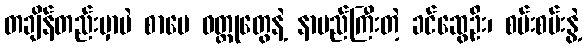
တချိန်တည်းမှာပဲ စာပေ ဝတ္ထုတွေနဲ့ နာမည်ကြီးတဲ့ ခင်ဆွေဦး၊ စမ်းစမ်းနွဲ့